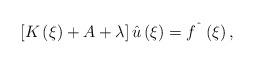
LaTeX: \begin{align*}\left[ K\left( \xi \right) +A+\lambda \right] \hat{u}\left( \xi \right) =f^{\symbol{94}}\left( \xi \right) , \end{align*}